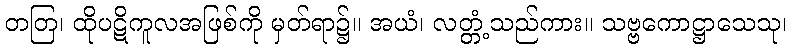
တတြ၊ ထိုပဋိကူလအဖြစ်ကို မှတ်ရာ၌။ အယံ၊ လတ္တံ့သည်ကား။ သဗ္ဗကောဋ္ဌာသေသု၊